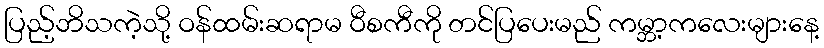
ပြည့်ဘိသကဲ့သို့ ဝန်ထမ်းဆရာမ ဝီစကီကို တင်ပြပေးမည် ကမ္ဘာ့ကလေးများနေ့